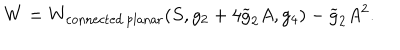
LaTeX: W = W _ { \mathrm { c o n n e c t e d \, p l a n a r } } ( S , g _ { 2 } + 4 \widetilde { g } _ { 2 } A , g _ { 4 } ) - \widetilde { g } _ { 2 } A ^ { 2 } .